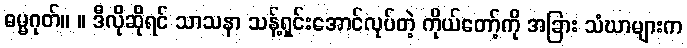
ဓမ္မဂုတ်။ ။ ဒီလိုဆိုရင် သာသနာ သန့်ရှင်းအောင်လုပ်တဲ့ ကိုယ်တော့်ကို အခြား သံဃာများက